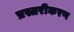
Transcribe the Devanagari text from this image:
प्रस्तरीकरण